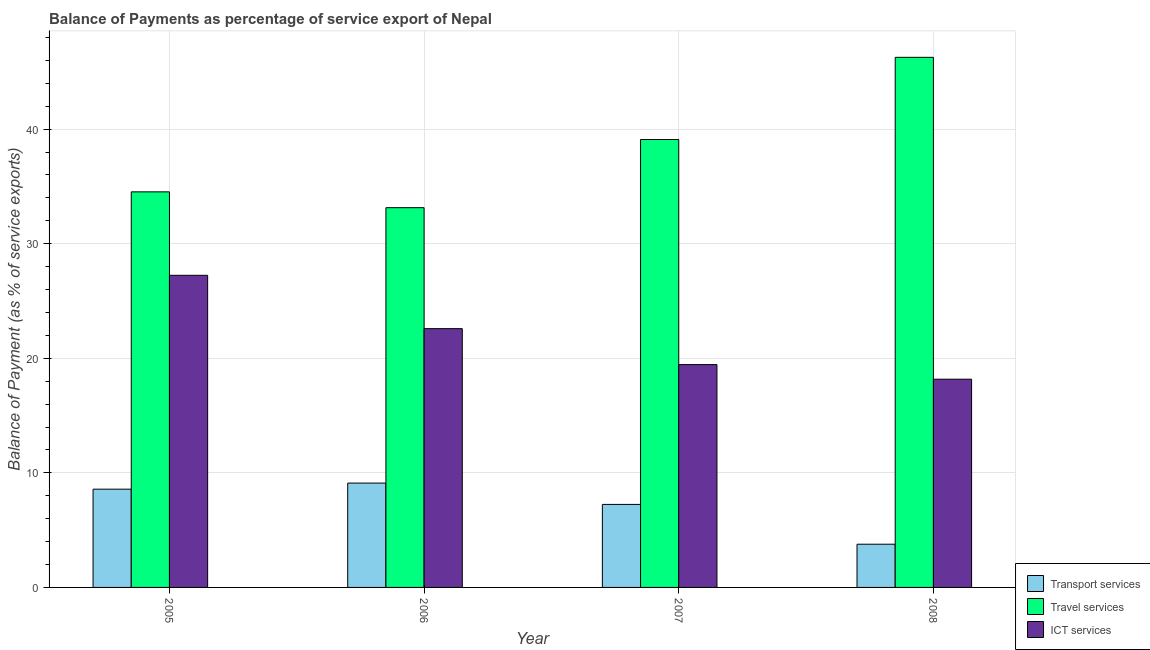
| Year | Transport services | Travel services | ICT services |
 | --- | --- | --- | --- |
 | 2005 | 8.58 | 34.5 | 27.2 |
 | 2006 | 9.11 | 33.1 | 22.6 |
 | 2007 | 7.24 | 39.1 | 19.4 |
 | 2008 | 3.77 | 46.3 | 18.2 |